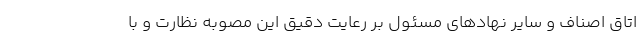
اتاق اصناف و سایر نهاد‌های مسئول بر رعایت دقیق این مصوبه نظارت و با